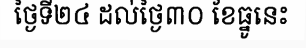
ថ្ងៃទី២៤ ដល់ថ្ងៃ៣០ ខែធ្នូនេះ